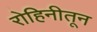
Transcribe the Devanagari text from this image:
रोहिनीतून